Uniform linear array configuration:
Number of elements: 48
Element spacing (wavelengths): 0.5
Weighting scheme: exponential
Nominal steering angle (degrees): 60
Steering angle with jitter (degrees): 58.57
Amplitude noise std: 0.05
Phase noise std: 0.05

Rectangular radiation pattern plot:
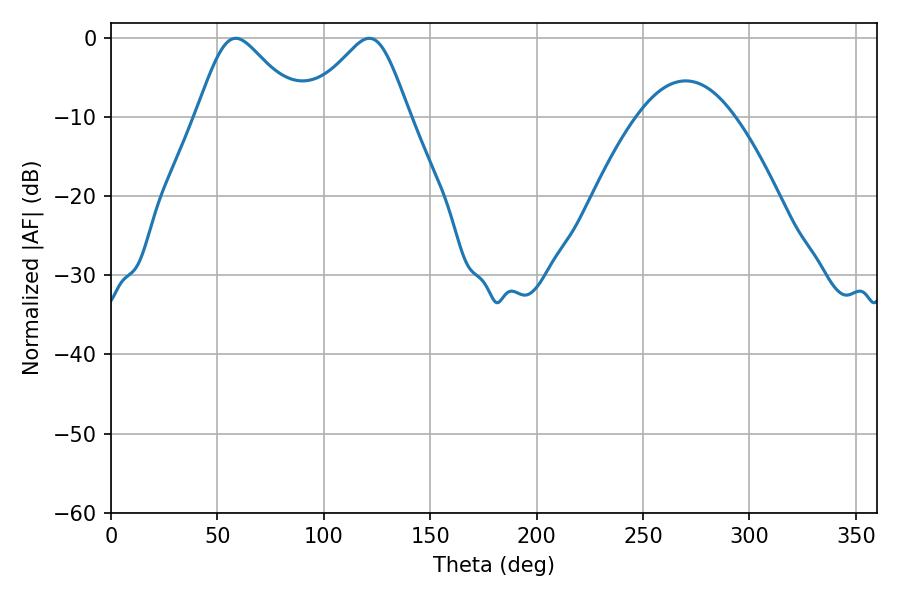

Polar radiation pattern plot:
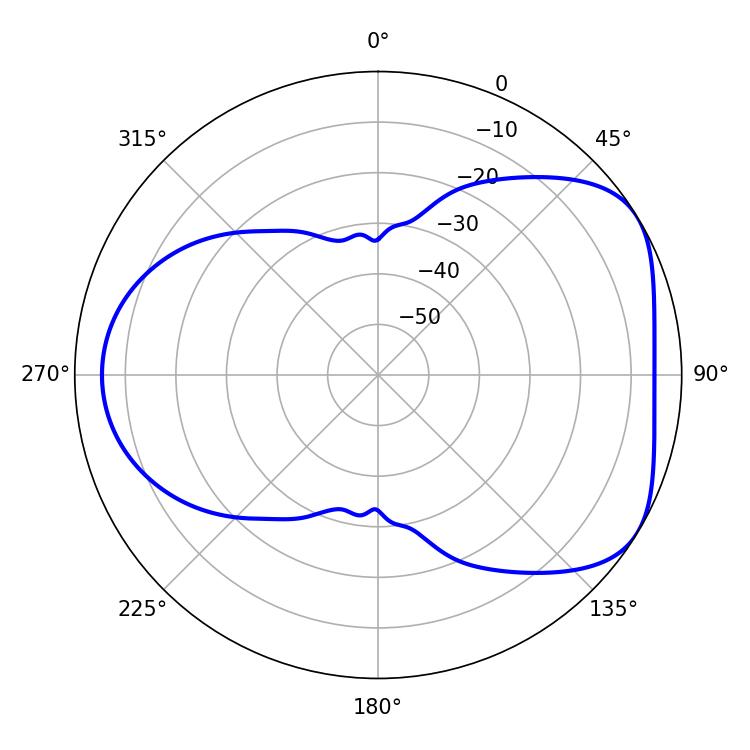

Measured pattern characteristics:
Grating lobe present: FALSE
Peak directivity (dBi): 4.835
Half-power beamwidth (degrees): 23.76
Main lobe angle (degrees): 58.68